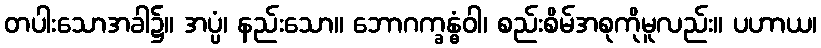
တပါးသောအခါ၌။ အပ္ပံ၊ နည်းသော။ ဘောဂက္ခန္ဓံဝါ၊ စည်းစိမ်အစုကိုမူလည်း။ ပဟာယ၊